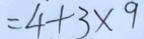
= 4 + 3 \times 9